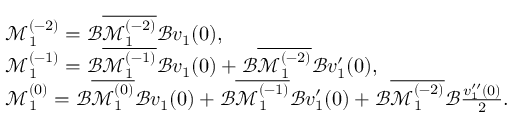
\begin{array} { r l } & { \mathcal { M } _ { 1 } ^ { ( - 2 ) } = \mathcal { B } \overline { { \mathcal { M } _ { 1 } ^ { ( - 2 ) } } } \mathcal { B } v _ { 1 } ( 0 ) , } \\ & { \mathcal { M } _ { 1 } ^ { ( - 1 ) } = \mathcal { B } \overline { { \mathcal { M } _ { 1 } ^ { ( - 1 ) } } } \mathcal { B } v _ { 1 } ( 0 ) + \mathcal { B } \overline { { \mathcal { M } _ { 1 } ^ { ( - 2 ) } } } \mathcal { B } v _ { 1 } ^ { \prime } ( 0 ) , } \\ & { \mathcal { M } _ { 1 } ^ { ( 0 ) } = \mathcal { B } \overline { { \mathcal { M } _ { 1 } ^ { ( 0 ) } } } \mathcal { B } v _ { 1 } ( 0 ) + \mathcal { B } \overline { { \mathcal { M } _ { 1 } ^ { ( - 1 ) } } } \mathcal { B } v _ { 1 } ^ { \prime } ( 0 ) + \mathcal { B } \overline { { \mathcal { M } _ { 1 } ^ { ( - 2 ) } } } \mathcal { B } \frac { v _ { 1 } ^ { \prime \prime } ( 0 ) } { 2 } . } \end{array}